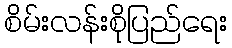
စိမ်းလန်းစိုပြည်ရေး